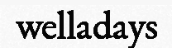
welladays